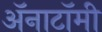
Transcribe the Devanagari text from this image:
अॅनाटॉमी